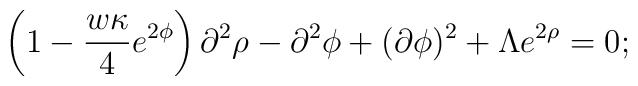
\left( 1 - \frac{  w \kappa }{4} e^{2\phi} \right) \partial^2 \rho -\partial^2 \phi + (\partial \phi)^2 + \Lambda e^{2\rho} = 0;